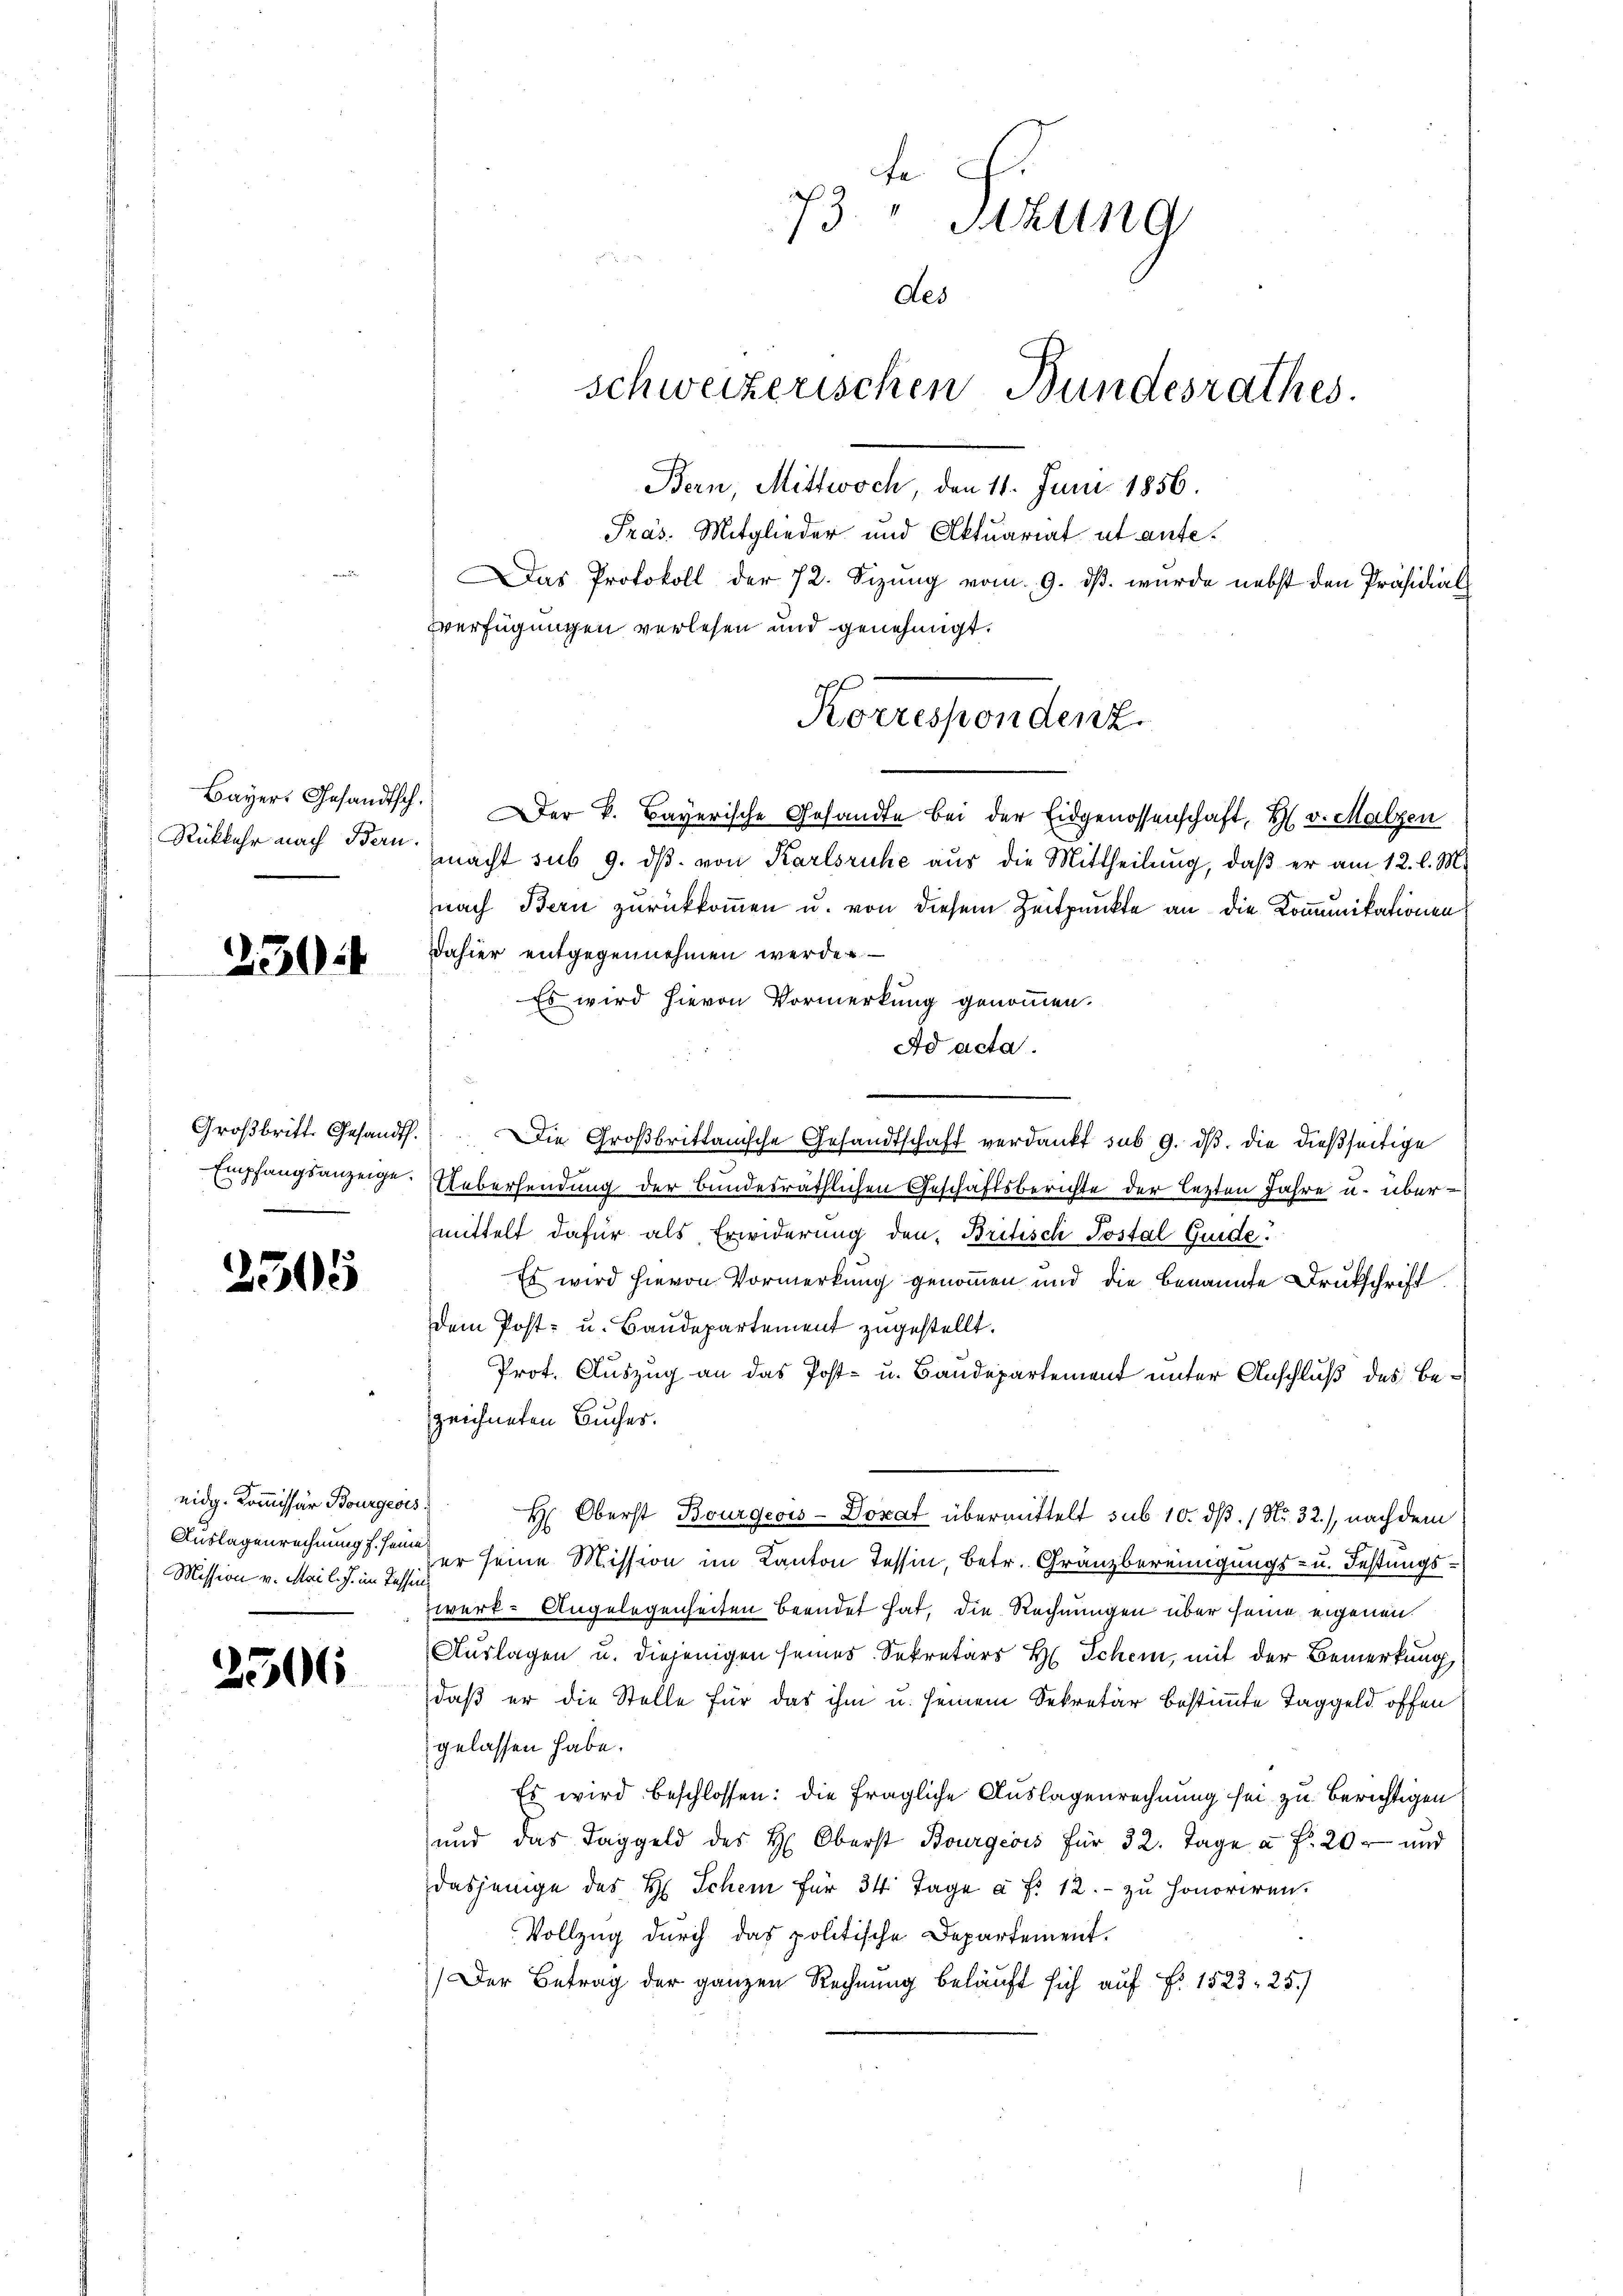
Rückkehr nach Bern.

304

Großbritt. Gesandt.
Empfangsanzeige.

2305

eidg. Kommissär Bourgeois
Auslagenrechnung f. seine
Mission v. Mai l. J. im Tessin

2506

73. " Stzung
des
schweizerischen Bundesrathes.
Bern, Mittwoch, den 11. Juni 1856.
Pras. Mitglieder und Aktuariat ut ante¬
Das Protokoll der 72. Sizung vom 9. ds. wurde nebst den Präsidial
Verfügungen verlesen und genehmigt.

Korrespendenz

Bayer. Gesandtsch. Der k. Bayerische Gesandte bei der Eidgenossenschaft, H. v. Malzen
macht sub 9. dβ von Karlsruhe aus die Mittheilung, daß er am 12. l. M.
nach Bern zurückkommen u. von diesem Zeitpunkte an die Komunikationen
dahier entgegennehmen werden. —
Es wird hievon Vormerkung genommen.
Ad acta.
e
 Die Großbrittanische Gesandtschaft verdankt sub 9. dβ. die dießseitige
Uebersendung der bundesräthlichen Geschäftsberichte der lezten Jahre u. übermittelt dafür als Erwiderung den Britisch Postal Guide.
Es wird hievon Vormerkung genommen und die benannte Drukschrift.
dem Post- u. Baudepartement zugestellt.
Prot. Auszug an das Post- u. Baudepartement unter Anschluß des Bezeichneten Buches.
H. Oberst Bourgeois-Dorat übermittelt sub 10. dß. / Nr. 32.), nach dem
er seine Mission im Kanton Tessin, betr. Gränzbereinigungs- u. Festungszwerk- Angelegenheiten beendet hat, die Rechnungen über seine eigenen
Auslagen u. diejenigen seines Sekretärs H. Schem, mit der Bemerkung
daß er die Stelle für das ihm u. seinem Sekretär bestimmte Taggeld offen
gelassen habe.
Es wird beschlossen: die fragliche Auslagenrechnung sei zu berichtigen
und das Taggeld des H. Oberst Bourgeois für 32. Tage a. f. 20 - und
dasjenige des H. Schein für 34 Tage à f. 12. zu honoriren.
Vollzug durch das politische Departement.
Der Betrag der ganzen Rechnung beläuft sich auf No 1523, 25.)